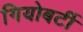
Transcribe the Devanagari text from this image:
गियोबर्टी